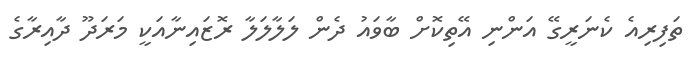
ތަފިރިއެ ކެނަރީގޭ އަންނި އޭތިކޮށް ބާވައު ދެން ލަލާލަލާ ރޮޒައިނާއަކީ މަރަދޫ ދާއިރާގެ